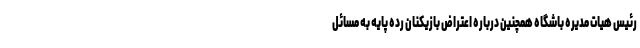
رئیس هیات مدیره باشگاه همچنین درباره اعتراض بازیکنان رده پایه به مسائل